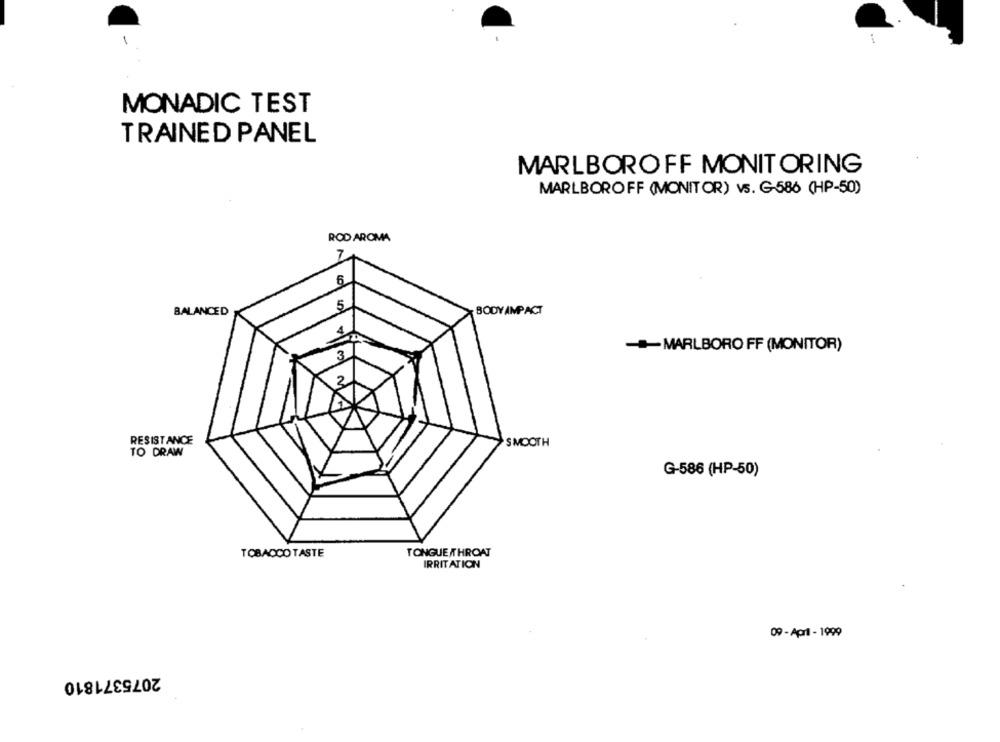
MONADIC TEST
TRAINED PANEL
MARLBOROFF MONITORING
MARLBOROFF (MONITOR) vs. G-586 (HP-50)
ROD AROMA
Z
6
5
BODY AMPACT
BALANCED
-MARLBORO FF (MONITOR)
3
2
RESISTANCE
SMOOTH
TO DRAW
G-586 (HP-50)
TOBACCO TASTE
TONGUE THROAT
IRRITATION
09 - Apr1 - 1999
2075371810